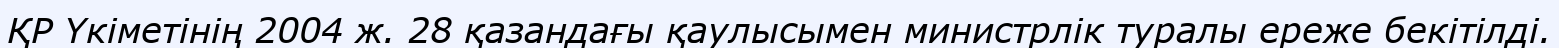
ҚР Үкіметінің 2004 ж. 28 қазандағы қаулысымен министрлік туралы ереже бекітілді.